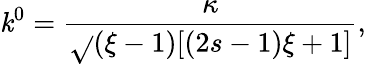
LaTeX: \mathit{k}^{0}=\frac{{\kappa}}{{\sqrt{}{{(\xi-1)[(2s-1)\xi+1]}}}},